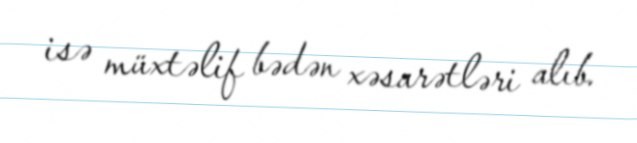
isə müxtəlif bədən xəsarətləri alıb.